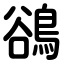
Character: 鵒